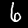
Label: 6